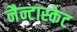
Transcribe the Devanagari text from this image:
नैन्टास्केट